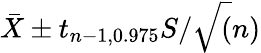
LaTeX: {\bar{X}}\pm t_{n-1,0.975}S/{\sqrt{(}}n)